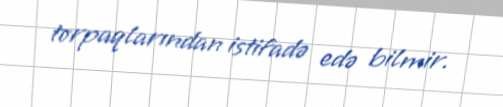
torpaqlarından istifadə edə bilmir.